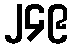
၂၄၉